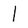
Character: l